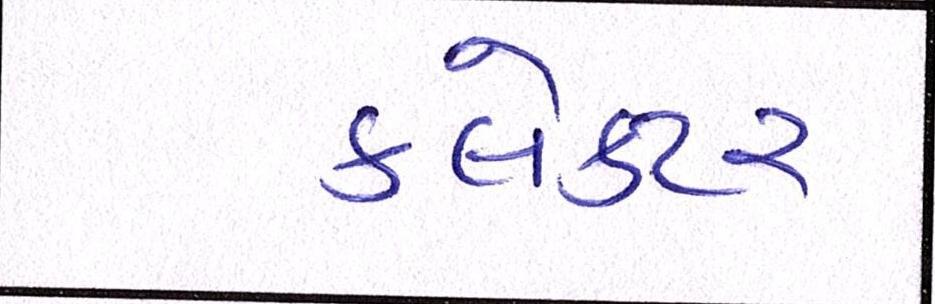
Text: ક્લેક્ટર